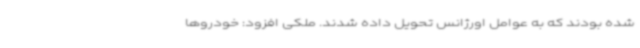
شده بودند که به عوامل اورژانس تحویل داده شدند. ملکی افزود: خودروها